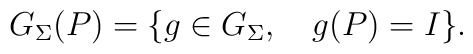
G_{\Sigma}(P)=\{g\in G_{\Sigma}, \quad g(P)=I\}.